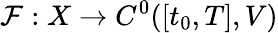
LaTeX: \mathcal{F}:X\to C^{0}([t_{0},T],V)